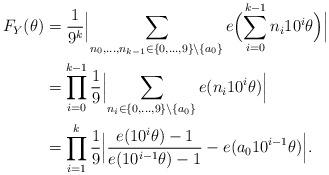
LaTeX: \begin{align*}F_Y(\theta)&=\frac{1}{9^k}\Bigl|\sum_{n_0,\dots,n_{k-1}\in\{0,\dots,9\}\backslash \{a_0\}}e\Bigl(\sum_{i=0}^{k-1}n_i10^i\theta\Bigr)\Bigr|\\&=\prod_{i=0}^{k-1}\frac{1}{9}\Bigl|\sum_{n_i\in\{0,\dots,9\}\backslash \{a_0\}}e(n_i 10^i \theta)\Bigr|\\&=\prod_{i=1}^k\frac{1}{9}\Bigl|\frac{e(10^{i}\theta)-1}{e(10^{i-1}\theta)-1}-e(a_010^{i-1}\theta)\Bigr|.\end{align*}